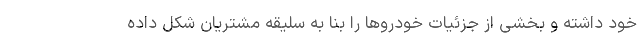
خود داشته و بخشی از جزئیات خودروها را بنا به سلیقه مشتریان شکل داده